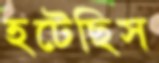
হটেছিস